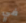
في